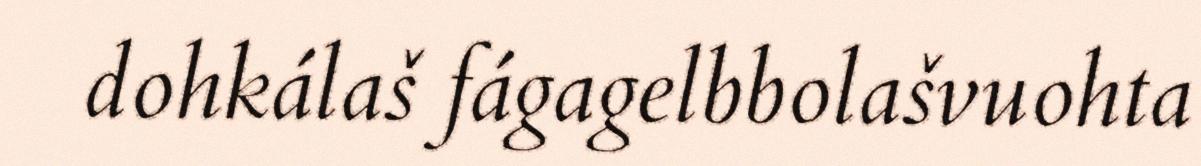
dohkálaš fágagelbbolašvuohta